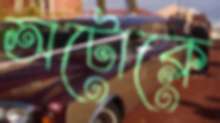
অটোক্লে